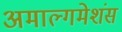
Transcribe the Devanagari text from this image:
अमाल्गमेशंस